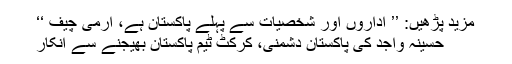
مزید پڑھیں: ’’ اداروں اور شخصیات سے پہلے پاکستان ہے، آرمی چیف ‘‘
حسینہ واجد کی پاکستان دشمنی، کرکٹ ٹیم پاکستان بھیجنے سے انکار